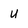
Character: U